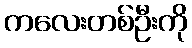
ကလေးတစ်ဦးကို